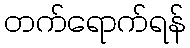
တက်ရောက်ရန်